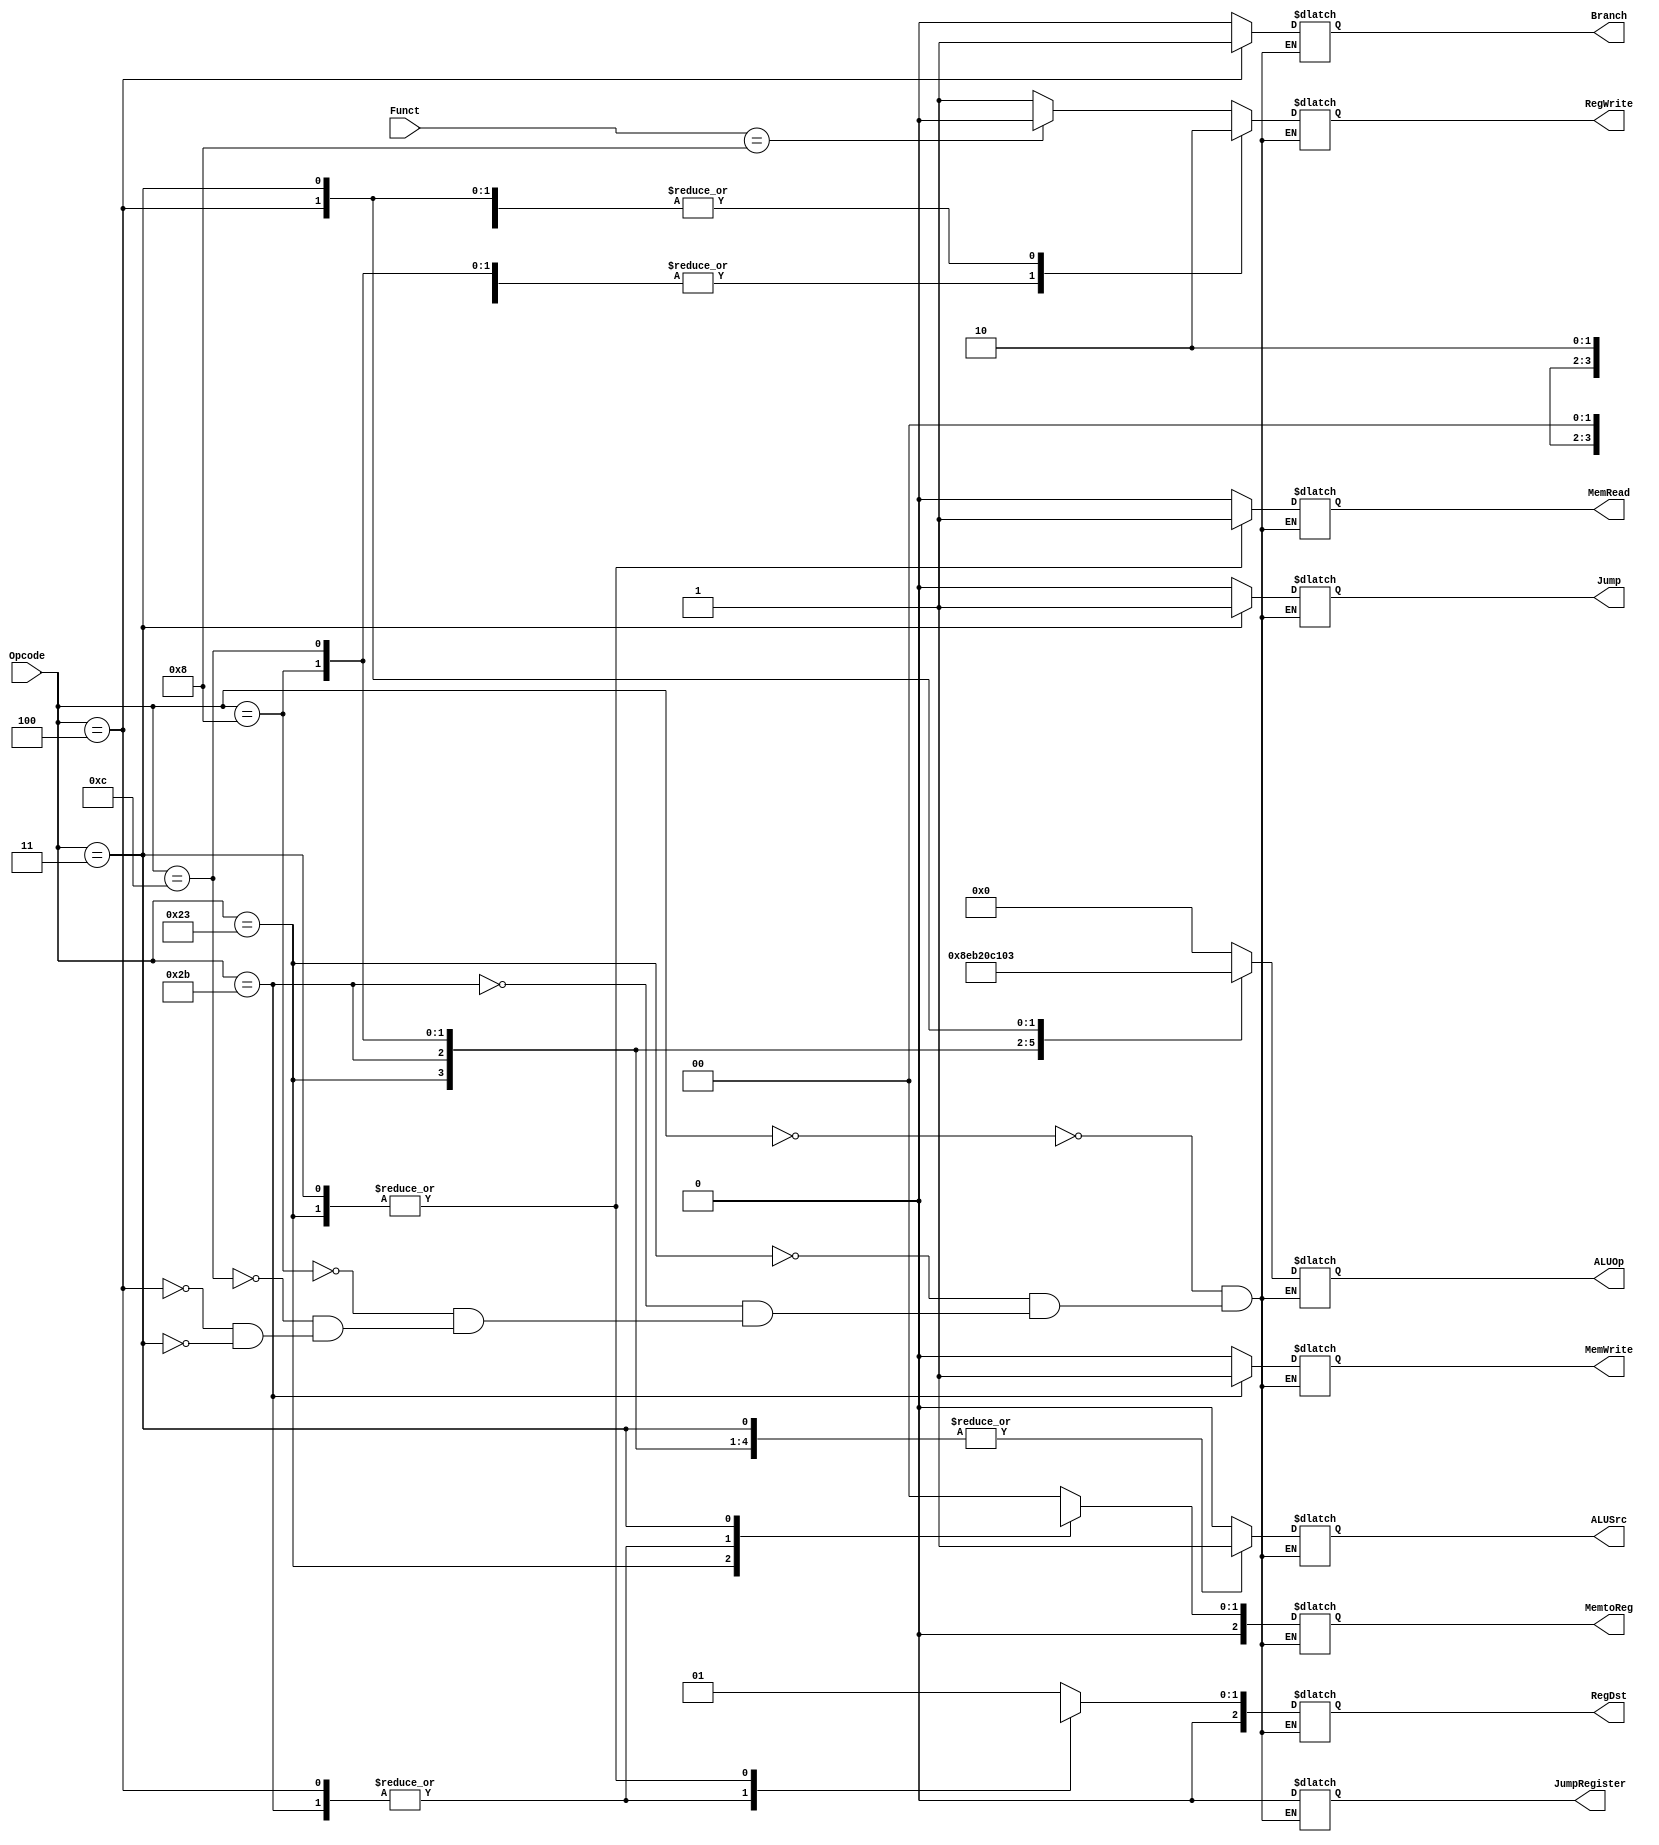
module control_unit(Opcode,Funct,RegDst,Jump,Branch,MemRead,MemtoReg,ALUOp,MemWrite,ALUSrc,RegWrite,JumpRegister);
input [5:0] Opcode;//operation control code / [31-26] instruction
input [5:0] Funct;//R-type function /[5-0] instruction
output reg [2:0] RegDst;//Register file register(rt/rd) mux/selector to write data to
output reg Jump;//jump to address or normal increment mux
output reg Branch;
output reg MemRead;
output reg [2:0] MemtoReg;//Register file data source(data memory/ALU) mux/selecter
output reg [5:0] ALUOp;//ALU controller opcode
output reg MemWrite;
output reg ALUSrc;//ALU 2nd input R-type or I-type mux/selector
output reg RegWrite;
output reg JumpRegister;//Jump to address specified in register 


always @ (Opcode) begin
	case(Opcode)
		6'b000_000:begin//	R-type instructions	//////////////////
		RegDst<=2'b01;							//
		Jump<=1'b0;
		Branch<=1'b0;							//
		MemRead<=1'b0;
		MemtoReg<=2'b00;						//
		ALUOp<=6'b000_000;           
		MemWrite<=1'b0;							//
		ALUSrc<=1'b0;
		JumpRegister<=1'b0;						//
		if (Funct==6'b001_000) begin//	jr instruction check		//
		RegWrite<=1'b0;							//	
		JumpRegister<=1'b1;						
		end else							//
		RegWrite<=1'b1;	
		JumpRegister<=1'b0;						//
		end
		//////////////////////////////////////////////////////////////////

		6'b100_011:begin//	load word (lw)		//////////////////
		RegDst<=2'b00;
		Jump<=1'b0;							//
		Branch<=1'b0;
		MemRead<=1'b1;							//
		MemtoReg<=2'b01;
		ALUOp<=6'b100_011;						//
		MemWrite<=1'b0;
		ALUSrc<=1'b1;							//
		RegWrite<=1'b1;
		JumpRegister<=1'b0;						//
		end
		//////////////////////////////////////////////////////////////////

		6'b101_011:begin//	save word (sw)		//////////////////
		RegDst<=2'bxx;
		Jump<=1'b0;							//
		Branch<=1'b0;
		MemRead<=1'b0;							//
		MemtoReg<=2'bxx;
		ALUOp<=6'b101_011;						//
		MemWrite<=1'b1;
		ALUSrc<=1'b1;							//
		RegWrite<=1'b0;
		JumpRegister<=1'b0;						//
		end
		//////////////////////////////////////////////////////////////////

		6'b001_000:begin//	add imediate (addi)	//////////////////
		RegDst<=2'b01;
		Jump<=1'b0;							//
		Branch<=1'b0;
		MemRead<=1'b0;							//
		MemtoReg<=2'b00;
		ALUOp<=6'b001_000;						//
		MemWrite<=1'b0;	
		ALUSrc<=1'b1;							//
		RegWrite<=1'b1;
		JumpRegister<=1'b0;						//
		end
		//////////////////////////////////////////////////////////////////

		6'b001_100:begin//	and imediate(andi)	//////////////////
		RegDst<=2'b01;
		Jump<=1'b0;							//
		Branch<=1'b0;
		MemRead<=1'b0;							//
		MemtoReg<=2'b00;
		ALUOp<=6'b001_100;						//
		MemWrite<=1'bx;
		ALUSrc<=1'b1;							//
		RegWrite<=1'b1;
		JumpRegister<=1'b0;						//
		end
		//////////////////////////////////////////////////////////////////

		6'b000_100:begin//	branch equal (beq)	//////////////////
		RegDst<=2'bxx;
		Jump<=1'b0;							//
		Branch<=1'b1;
		MemRead<=1'b0;							//
		MemtoReg<=2'bxx;
		ALUOp<=6'b000_100;						//
		MemWrite<=1'b0;
		ALUSrc<=1'b0;							//
		RegWrite<=1'b0;
		JumpRegister<=1'b0;						//
		end
		//////////////////////////////////////////////////////////////////

		6'b000_011:begin// 	jump and link (jal)	//////////////////
		RegDst<=1'b10;
		Jump<=1'b1;							//
		Branch<=1'bx;
		MemRead<=1'b1;							//
		MemtoReg<=2'b10;
		ALUOp<=6'b000_011;						//
		MemWrite<=1'b0;
		ALUSrc<=1'b1;							//
		RegWrite<=1'b0;
		JumpRegister<=1'b0;						//
		end
		//////////////////////////////////////////////////////////////////

	endcase

end
endmodule